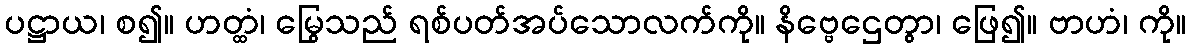
ပဋ္ဌာယ၊ စ၍။ ဟတ္ထံ၊ မြွေသည် ရစ်ပတ်အပ်သောလက်ကို။ နိဗ္ဗေဌေတွာ၊ ဖြေ၍။ ဗာဟံ၊ ကို။